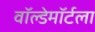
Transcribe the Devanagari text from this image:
वॉल्डेमॉर्टला